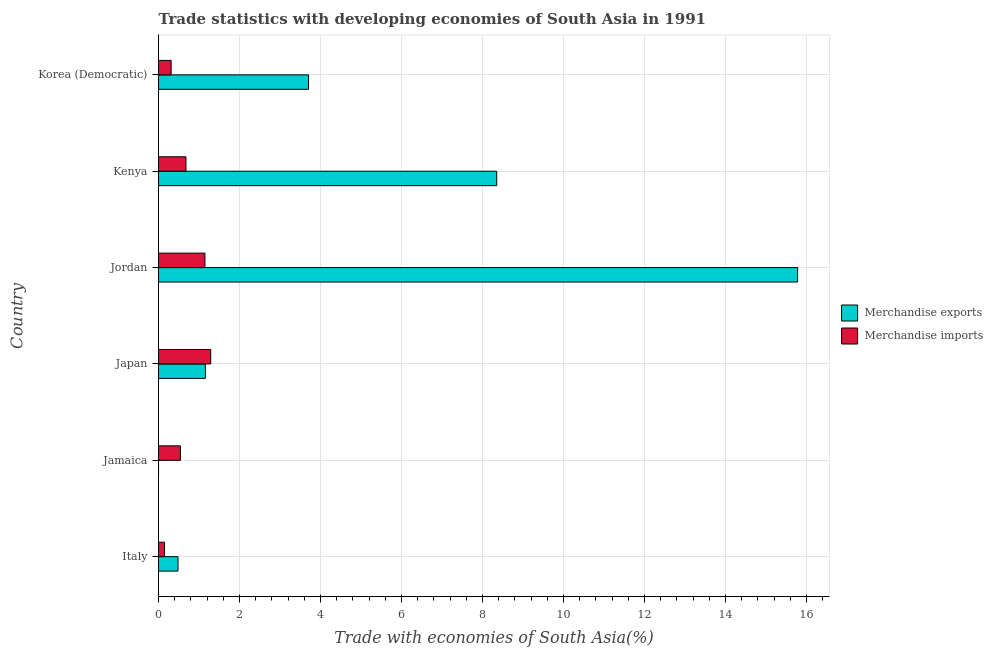
| Country | Merchandise exports | Merchandise imports |
 | --- | --- | --- |
 | Italy | 0.481 | 0.149 |
 | Jamaica | 0.000895 | 0.54 |
 | Japan | 1.16 | 1.29 |
 | Jordan | 15.8 | 1.15 |
 | Kenya | 8.35 | 0.678 |
 | Korea (Democratic) | 3.7 | 0.311 |